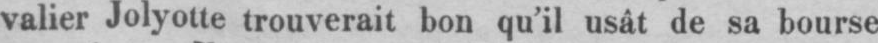
valier Jolyotte trouverait bon qu’il usât de sa bourse